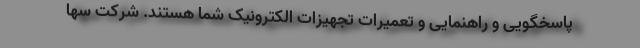
پاسخگویی و راهنمایی و تعمیرات تجهیزات الکترونیک شما هستند. شرکت سها